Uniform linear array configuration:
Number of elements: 32
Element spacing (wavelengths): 1
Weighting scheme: blackman
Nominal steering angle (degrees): -60
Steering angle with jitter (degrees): -58.238
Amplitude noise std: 0.05
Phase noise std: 0.05

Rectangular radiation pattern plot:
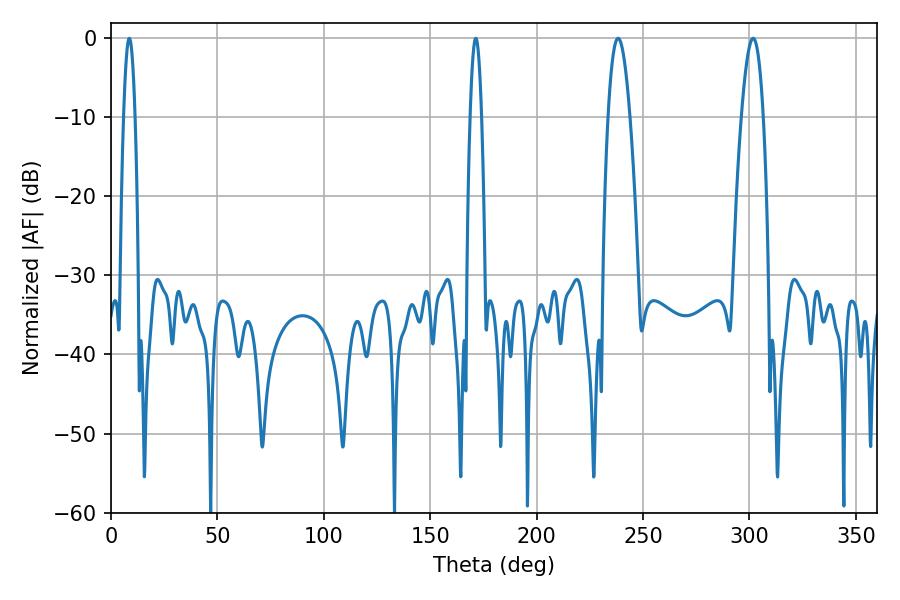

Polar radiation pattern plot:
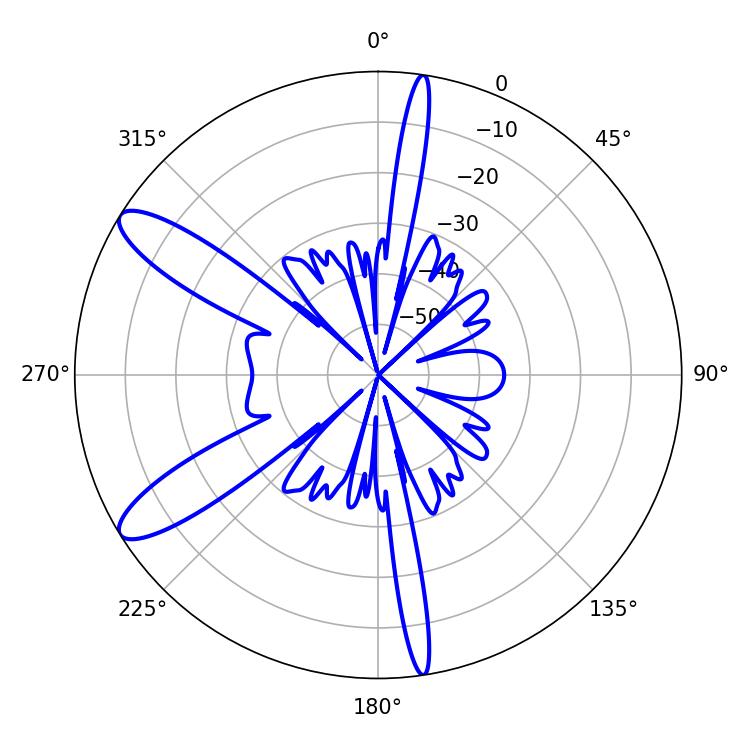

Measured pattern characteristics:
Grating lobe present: TRUE
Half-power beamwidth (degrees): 5.58
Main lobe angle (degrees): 238.32